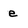
Character: e